Annual administration report of the Civil Veterinary Department of India - 1910-1911
Year: 1910
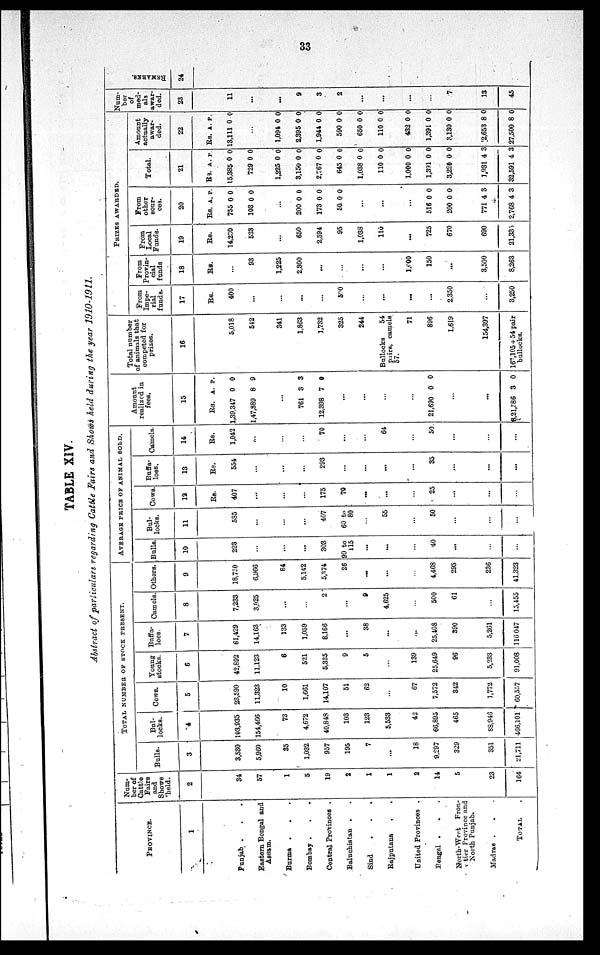
33
TABLE XIV.
Abstract of particulars regarding Cattle Fairs and Shows held during the year 1910-1911.
PROVINCE.
1
Punjab . . .
Eastern Bengal and
Assam.
Burma . . .
Bombay . . .
Central Provinces .
Baluchistan . .
Sind . . .
Rajputana . .
United Provinces .
Bengal . . . .
North-West
Fron-
tier Province and
North Punjab.
Madras . . .
TOTAL .
Num-
ber of
Cattle
Fairs
and
Shows
held.
2
34
57
1
5
19
2
1
1
2
14
5
23
164
TOTAL NUMBER OF STOCK PRESENT.
Bulls.
3
3,530
5,960
35
1,032
957
195
7
...
18
9,297
329
351
21,711
Bul-
locks.
4
103,935
154,466
73
4,672
40,848
103
123
5,533
42
66,895
465
88,946
466,101
Cows.
5
23,590
11,323
10
1,661
14,107
51
62
...
67
7,572
342
1,772
60,557
Young
stocks.
6
42,892
11,123
6
521
5,335
9
5
...
139
25,649
96
5,233
91,008
Buffa-
loes.
7
61,429
14,163
133
1,059
8,166
...
38
...
...
25,408
390
5,261
116 047
Camels.
8
7,233
3,925
...
...
2
...
9
4,625
...
500
61
...
15,455
Others.
9
18,720
6,966
84
5,142
5,374
26
...
...
...
4,468
295
236
41,323
AVERAGE PRICE OF ANIMAL SOLD.
Bulls.
10
223
...
...
...
303
90 to
115
...
...
...
40
...
...
...
Bul-
locks.
11
535
...
...
...
407
60 to
80
...
55
...
50
...
...
...
Cows.
12
Rs.
407
...
...
...
175
70
...
...
...
25
...
...
...
Buffa-
loes.
13
Rs.
554
...
...
...
293
...
...
...
...
35
...
...
...
Camels.
14
Rs.
1,042
...
...
...
70
...
...
64
...
50
...
...
...
Amouont
realized in
fees.
15
Rs.
1,39,347
1,47,389
...
761
12,398
...
...
...
...
21,690
...
...
8,21,586
A.
0
8
8
7
0
3
P.
0
9
3
0
0
0
Total number
of animals that
competed for
prizes.
16
5,018
542
341
1,863
1,732
325
244
Bullocks
54
pairs, camels
57.
71
896
1,619
154,397
167,105 + 54 pair
bullocks.
PRIZES
AWRDED.
From
Impe-
rial
funds.
17
Rs.
400
...
...
...
...
500
...
...
...
...
2,350
...
3,250
From
Provin-
cial
funds
18
Rs.
...
93
1,225
2,300
...
...
...
...
1,000
150
...
3,500
8,263
From
Local
Funds.
19
Rs.
14,230
533
...
650
2,594
95
1,038
110
...
725
670
690
21,335
From
other
sour¬
ces
20
Rs.
755
103
...
200
173
50
...
...
...
516
200
771
2,768
A.
0
0
0
0
0
0
0
4
4
P.
0
0
0
0
0
0
0
3
3
Total.
21
Rs.
15,385
729
1,225
3,150
2,767
645
1,038
110
1,000
1,391
3,220
1,931
32,591
A.
0
0
0
0
0
0
0
0
0
0
0
4
4
P.
0
0
0
0
0
0
0
0
0
0
0
3
3
Amount
actually
awar¬
ded.
22
Rs.
13,111
...
1,094
2,395
1,944
590
650
110
432
1,391
3,130
2,653
27,500
A.
0
0
0
0
0
0
0
0
0
0
8
8
P.
0
0
0
0
0
0
0
0
0
0
0
0
Num-
ber
of
med-
als
awar-
ded.
23
11
...
...
9
3
2
...
...
...
...
7
13
45
REMARKS.
24